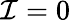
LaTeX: \mathcal{I}=0